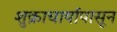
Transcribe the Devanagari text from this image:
शुक्राचार्यापासून